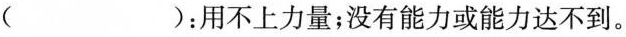
( )：用不上力量；没有能力或能力达不到。